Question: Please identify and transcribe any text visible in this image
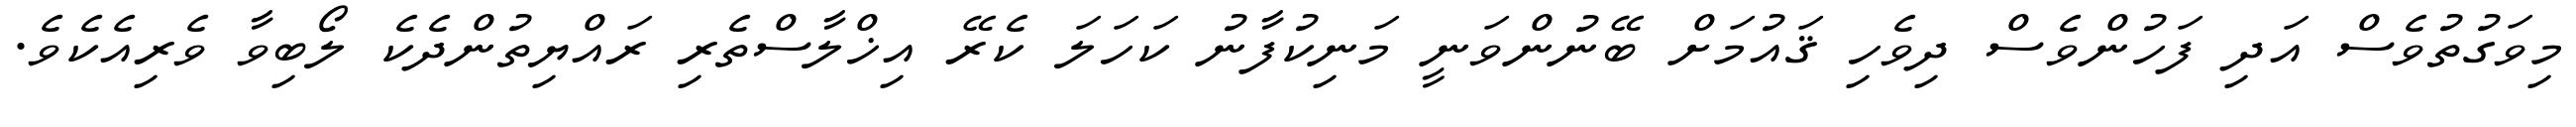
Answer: މިވަގުތުވެސް އަދި ފަހުންވެސް ދިވެހި ޤައުމަށް ބޭނުންވަނީ މަނިކުފާނު ކަހަލަ ކެރޭ އިޚްލާސްތެރި ރައްޔިތުންދެކެ ލޯބިވާ ވެރިއެކެވެ.